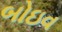
બોઇવ